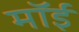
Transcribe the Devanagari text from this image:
मॉई